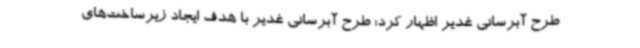
طرح آبرسانی غدیر اظهار کرد: طرح آبرسانی غدیر با هدف ایجاد زیرساخت‌های